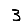
Digit: 3